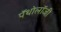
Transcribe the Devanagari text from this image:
पॅथोलॉजी